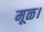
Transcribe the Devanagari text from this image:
मूळ।